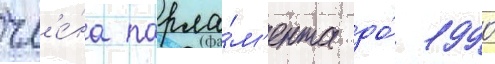
чл'е́на парла́м'ента до́ 1990